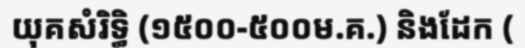
យុគសំរិទ្ធិ (១៥០០-៥០០ម.គ.) និងដែក (